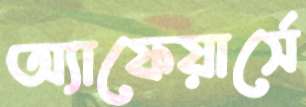
অ্যাফেয়ার্সে